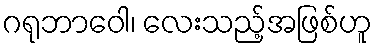
ဂရုဘာဝေါ၊ လေးသည့်အဖြစ်ဟူ